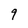
Character: 9